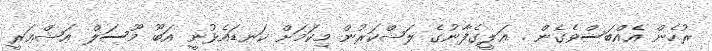
ރުހެން އެއްބަސްވެގެން . ޢަލީގެފާނުގެ ލަޝްކަރުން މިކަމަށް ކަނޑައެޅުނީ އަބޫ މޫސަލް ޢަޝްޢަރީ